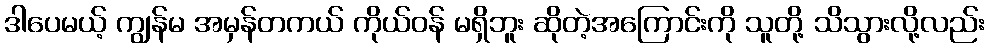
ဒါပေမယ့် ကျွန်မ အမှန်တကယ် ကိုယ်ဝန် မရှိဘူး ဆိုတဲ့အကြောင်းကို သူတို့ သိသွားလို့လည်း